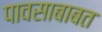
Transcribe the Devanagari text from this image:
पावसाबाबत